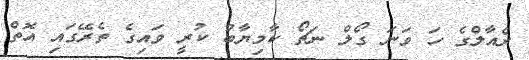
ރެއާލްގެ ހަ ވަނަ ގޯލް ނަޗޯ ކާމިޔާބު ކުރީ ވައިގެ ތެރޭގައި އޮތް